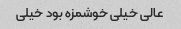
عالی خیلی خوشمزه بود خیلی